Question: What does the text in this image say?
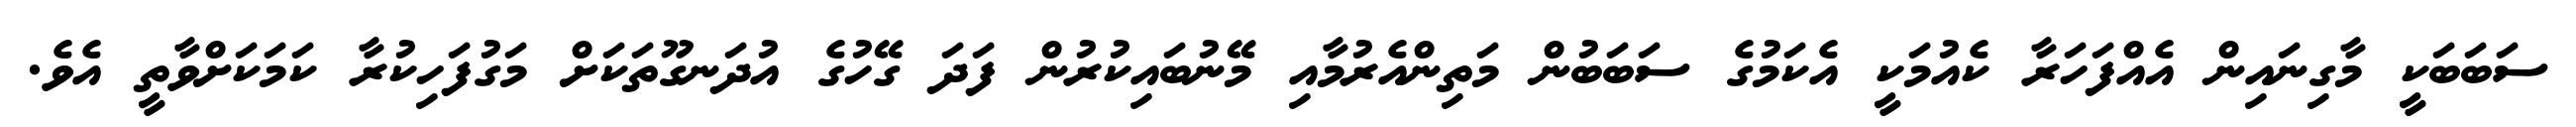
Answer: ސަބަބަކީ މާގިނައިން އެއްފަހަރާ ކެއުމަކީ އެކަމުގެ ސަބަބުން މަތިންއެރުމާއި މޭނުބައިކުރުން ފަދަ ގޭހުގެ އުދަނގޫތަކަށް މަގުފަހިކުރާ ކަމަކަށްވާތީ އެވެ.